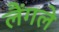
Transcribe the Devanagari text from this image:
लैंगले